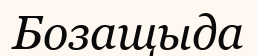
Бозащыда